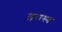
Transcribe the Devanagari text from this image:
इरास्य